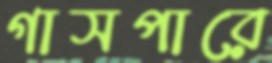
গাসপারে